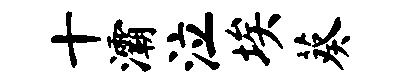
十灞泣埃葵